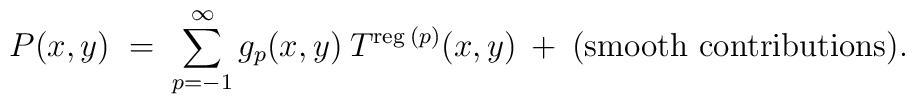
P(x,y) \;=\; \sum_{p=-1}^\infty g_p(x,y) \:T^{\mbox{\scriptsize{reg}}\:(p)}(x,y) \:+\: {\mbox{(smooth contributions)}}.